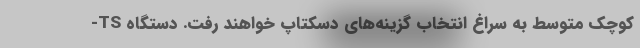
کوچک متوسط به سراغ انتخاب گزینه‌های دسکتاپ خواهند رفت. دستگاه TS-